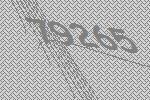
79265